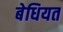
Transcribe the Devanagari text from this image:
बेधियत